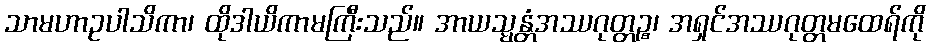
သာမဟာဥပါသိကာ၊ ထိုဒါယိကာမကြီးသည်။ အာယသ္မန္တံအဿဂုတ္တဉ္စ၊ အရှင်အဿဂုတ္တမထေရ်ကို